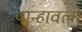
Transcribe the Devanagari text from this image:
पान्हावली